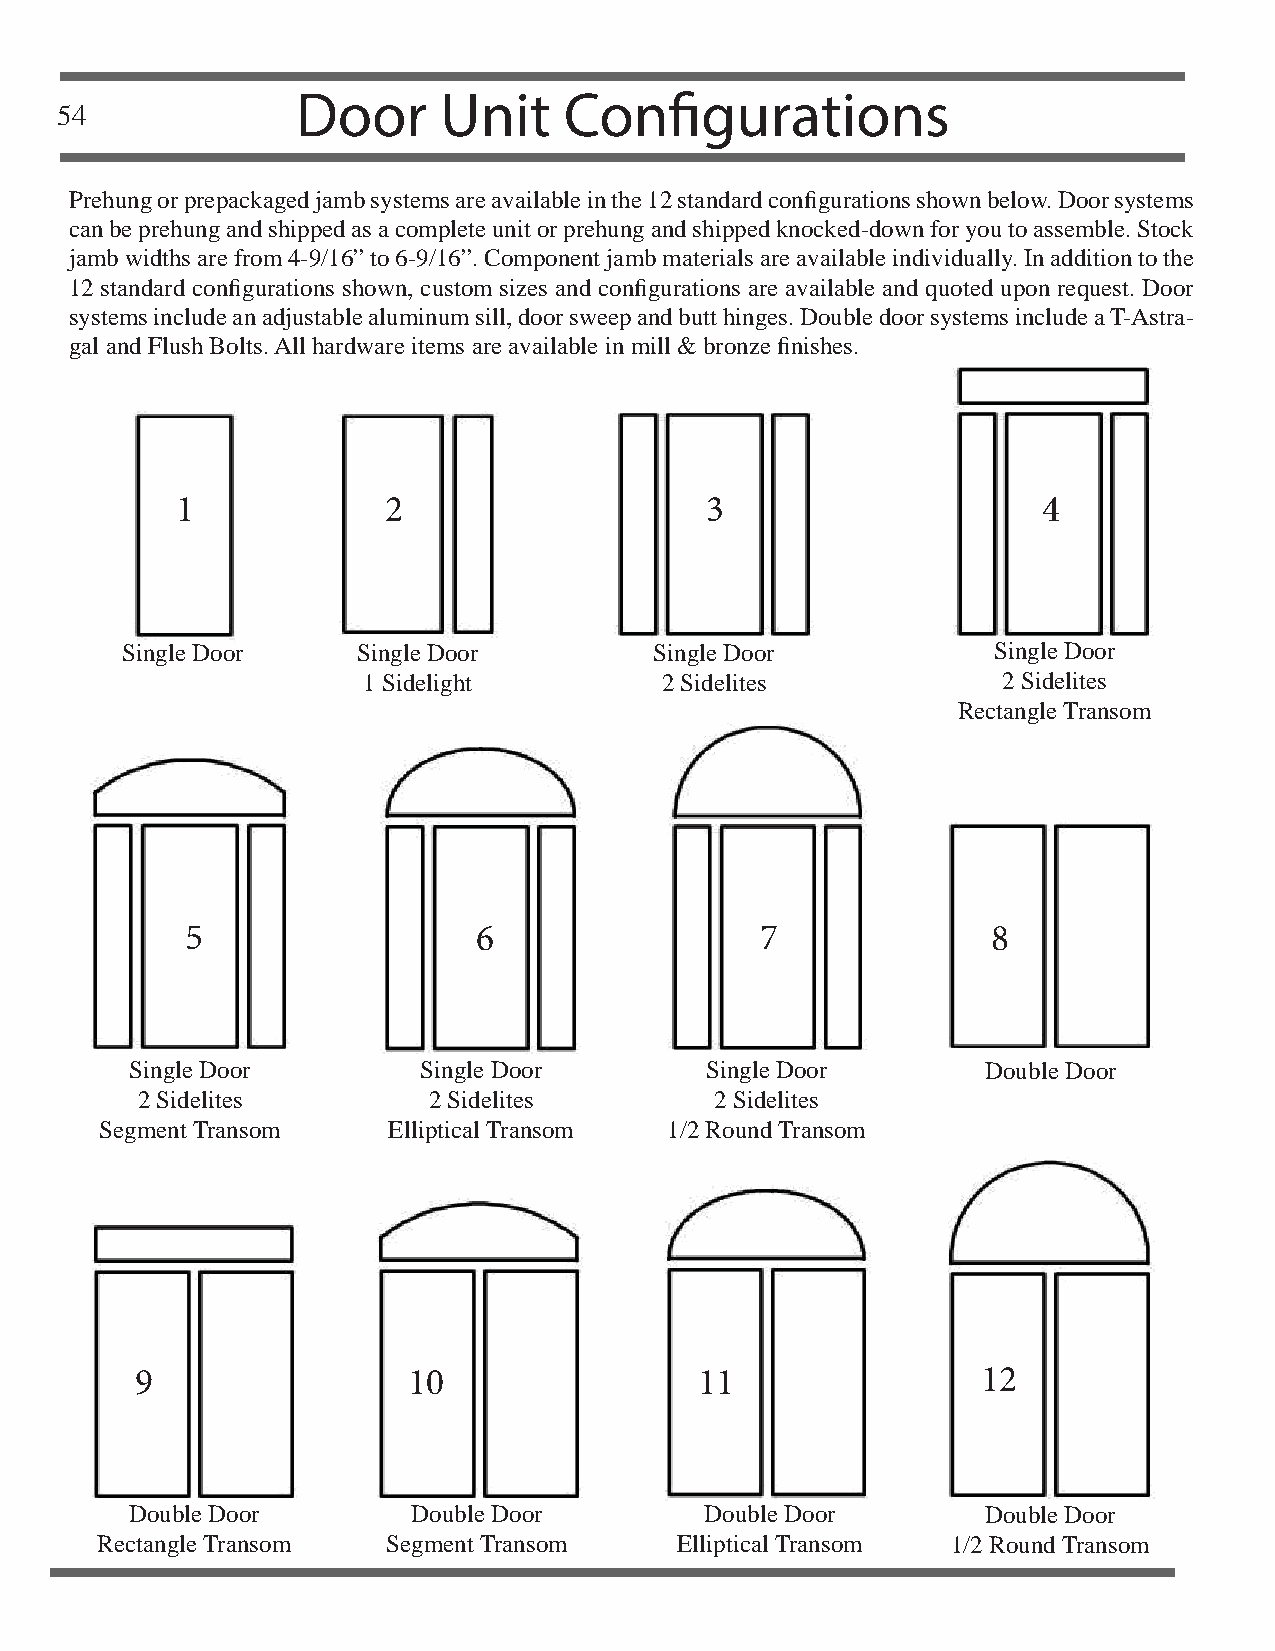
Door     Unit    Confi    gurations
 54
 Prehung or prepackaged jamb systems are available in the 12 standard confi gurations shown below. Door systems
 can be prehung and shipped as a complete unit or prehung and shipped knocked-down for you to assemble. Stock
 jamb widths are from 4-9/16” to 6-9/16”. Component jamb materials are available individually. In addition to the
 12 standard confi gurations shown, custom sizes and confi gurations are available and quoted upon request. Door
 systems include an adjustable aluminum sill, door sweep and butt hinges. Double door systems include a T-Astra-
 gal and Flush Bolts. All hardware items are available in mill & bronze fi nishes.
 1             2                    3                     4
 Single Door     Single Door        Single Door            Single Door
 1 Sidelight         2 Sidelites           2 Sidelites
 Rectangle Transom
 5                   6                 7               8
 Single Door        Single Door        Single Door       Double Door
 2 Sidelites        2 Sidelites        2 Sidelites
 Segment Transom    Elliptical Transom 1/2 Round Transom
 9                 10                 11                 12
 Double Door       Double Door         Double Door       Double Door
 Rectangle Transom   Segment Transom    Elliptical Transom 1/2 Round Transom